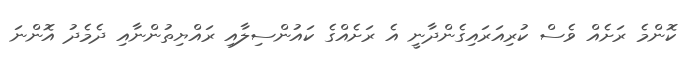
ކޮންމެ ރަށެއް ވެސް ކުރިއަރައިގެންދާނީ އެ ރަށެއްގެ ކައުންސިލާއި ރައްޔިތުންނާއި ދެމެދު އޮންނަ